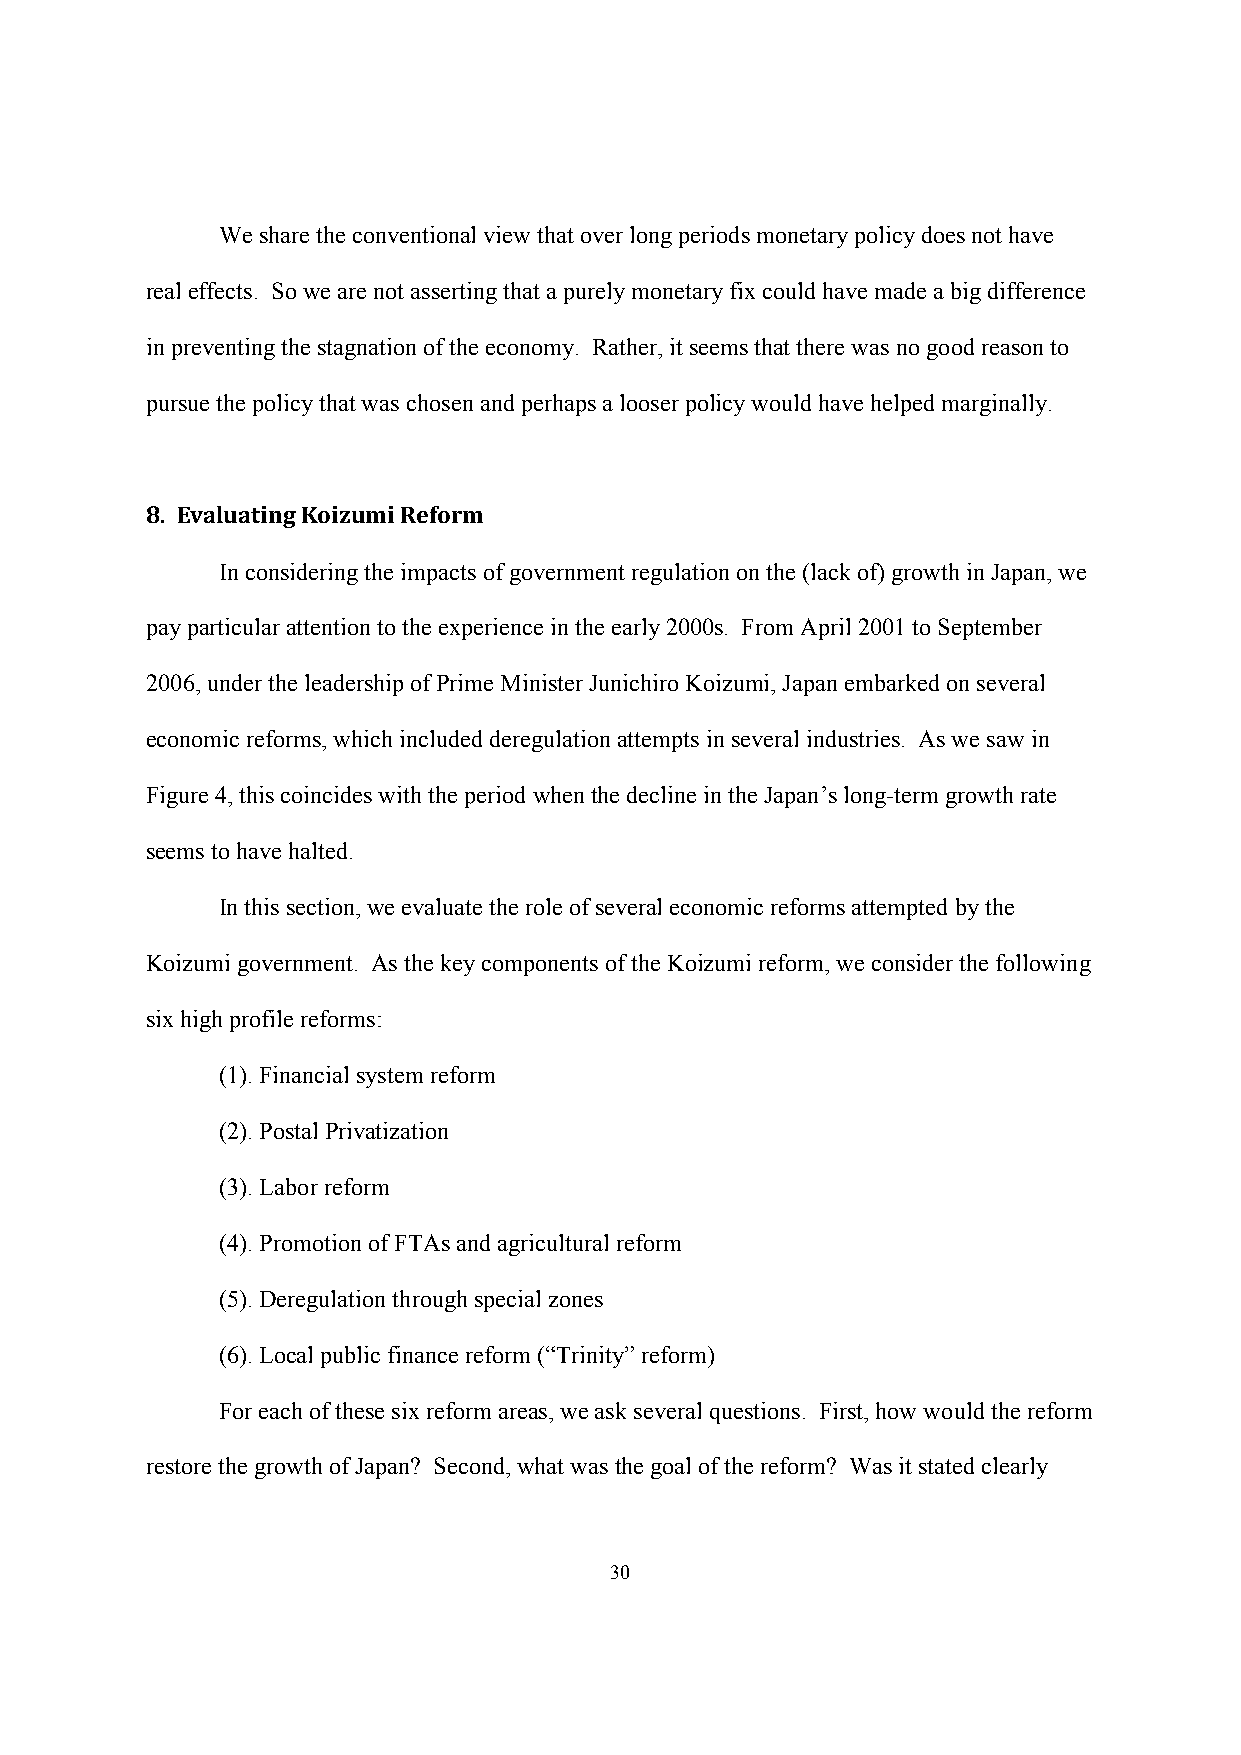
We share the conventional view that over long periods monetary policy does not have
 real effects. So we are not asserting that a purely monetary fix could have made a big difference
 in preventing the stagnation of the economy. Rather, it seems that there was no good reason to
 pursue the policy that was chosen and perhaps a looser policy would have helped marginally.
 8. Evaluating Koizumi Reform
 In considering the impacts of government regulation on the (lack of) growth in Japan, we
 pay particular attention to the experience in the early 2000s. From April 2001 to September
 2006, under the leadership of Prime Minister Junichiro Koizumi, Japan embarked on several
 economic reforms, which included deregulation attempts in several industries. As we saw in
 Figure 4, this coincides with the period when the decline in the Japan’s long-term growth rate
 seems to have halted.
 In this section, we evaluate the role of several economic reforms attempted by the
 Koizumi government. As the key components of the Koizumi reform, we consider the following
 six high profile reforms:
 (1). Financial system reform
 (2). Postal Privatization
 (3). Labor reform
 (4). Promotion of FTAs and agricultural reform
 (5). Deregulation through special zones
 (6). Local public finance reform (“Trinity” reform)
 For each of these six reform areas, we ask several questions. First, how would the reform
 restore the growth of Japan? Second, what was the goal of the reform? Was it stated clearly
 30